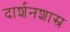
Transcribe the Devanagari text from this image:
दार्शनशास्र